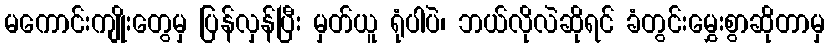
မကောင်းကျိုးတွေမှ ပြန်လှန်ပြီး မှတ်ယူ ရုံပါပဲ၊ ဘယ်လိုလဲဆိုရင် ခံတွင်းမွှေးစွာဆိုတာမှ